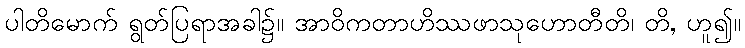
ပါတိမောက် ရွတ်ပြရာအခါ၌။ အာဝိကတာဟိဿဖာသုဟောတီတိ၊ တိ, ဟူ၍။